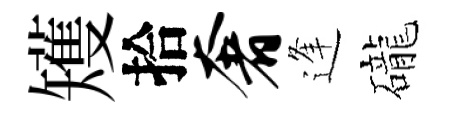
矱拾奢逢礲